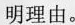
明理由。